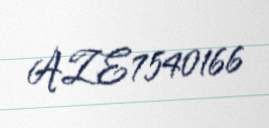
AZE7540166